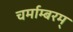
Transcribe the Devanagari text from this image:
चर्माम्बरम्